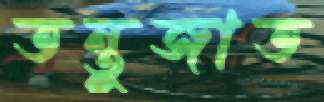
তন্তুজাত